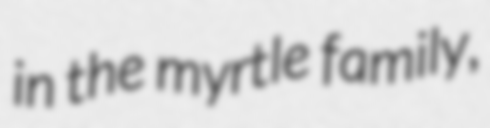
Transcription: in the myrtle family,